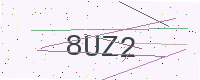
Text: 8UZ2